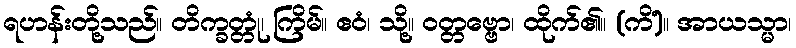
ရဟန်းတို့သည်။ တိက္ခတ္တုံ၊ ကြိမ်။ ဧဝံ၊ သို့။ ဝတ္တဗ္ဗော၊ ထိုက်၏။ (ကိံ)။ အာယသ္မာ၊